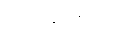
စိတ်ချမ်းသာ